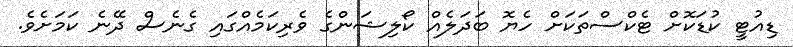
ޑިއުޓީ ކުޑަކޮށް ޓެކްސްތަކަށް ހެޔޮ ބަދަލެއް ކޯލިޝަންގެ ވެރިކަމެއްގައި ގެނެސް ދޭނެ ކަމަށެވެ.